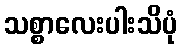
သစ္စာလေးပါးသိပုံ